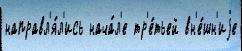
направл'я́л'ись нача́л'е тр'е́тьей вн'е́шн'иjе